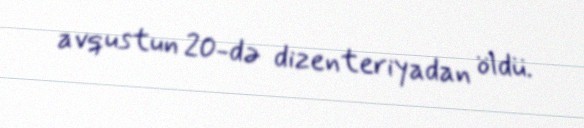
avqustun 20-də dizenteriyadan öldü.